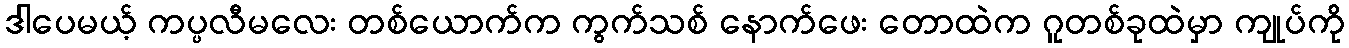
ဒါပေမယ့် ကပ္ပလီမလေး တစ်ယောက်က ကွက်သစ် နောက်ဖေး တောထဲက ဂူတစ်ခုထဲမှာ ကျုပ်ကို